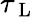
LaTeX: \tau_{\mathrm{~L~}}